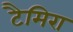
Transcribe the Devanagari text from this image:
टैमिरा